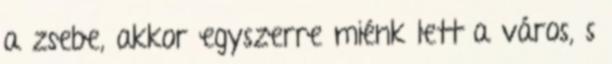
a zsebe, akkor egyszerre miénk lett a város, s